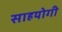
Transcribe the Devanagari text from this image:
साहयोगी